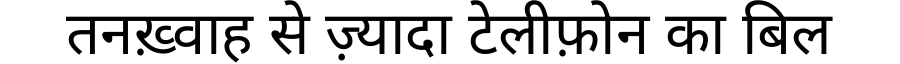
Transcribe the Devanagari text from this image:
तनख़्वाह से ज़्यादा टेलीफ़ोन का बिल